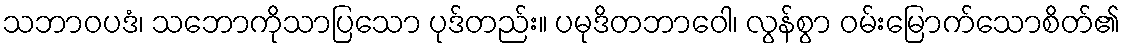
သဘာဝပဒံ၊ သဘောကိုသာပြသော ပုဒ်တည်း။ ပမုဒိတဘာဝေါ၊ လွန်စွာ ဝမ်းမြောက်သောစိတ်၏